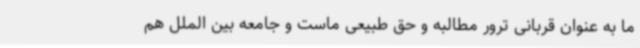
ما به عنوان قربانی ترور مطالبه و حق طبیعی ماست و جامعه بین الملل هم